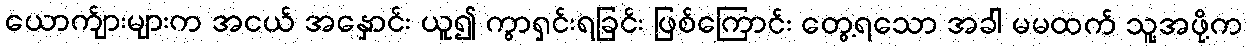
ယောက်ျားများက အငယ် အနှောင်း ယူ၍ ကွာရှင်းရခြင်း ဖြစ်ကြောင်း တွေ့ရသော အခါ မမထက် သူ့အဖို့က